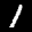
Label: 1